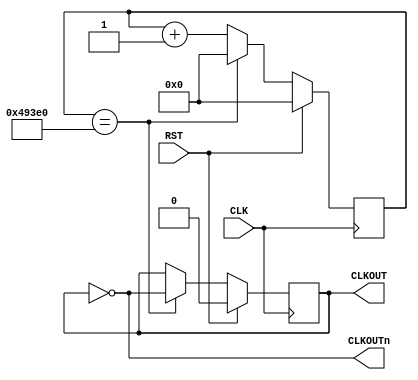
module ClkDiv_20Hz(
    CLK,										// 12MHz onbaord clock
    RST,										// Reset
    CLKOUT,									// New clock output
    CLKOUTn
    );

// ===========================================================================
// 										Port Declarations
// ===========================================================================
	input CLK;
	input RST;
	output CLKOUT;
	output CLKOUTn;

// ===========================================================================
// 							  Parameters, Regsiters, and Wires
// ===========================================================================

	// Output register
	reg CLKOUT = 1'b1;

	// Value to toggle output clock at
	parameter cntEndVal = 19'h493E0;
	// Current count
	reg [18:0] clkCount = 19'h00000;

// ===========================================================================
// 										Implementation
// ===========================================================================
    
    assign CLKOUTn = ~CLKOUT;
    
	//-------------------------------------------------
	// 20Hz Clock Divider Generates timing to initiate Send/Receive
	//-------------------------------------------------
	always @(posedge CLK) begin

			// Reset clock
			if(RST == 1'b1) begin
					CLKOUT <= 1'b0;
					clkCount <= 0;
			end
			// Count/toggle normally
			else begin

					if(clkCount == cntEndVal) begin
							CLKOUT <= ~CLKOUT;
							clkCount <= 0;
					end
					else begin
							clkCount <= clkCount + 1'b1;
					end

			end

	end

endmodule